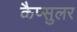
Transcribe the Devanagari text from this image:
कैप्सुलर